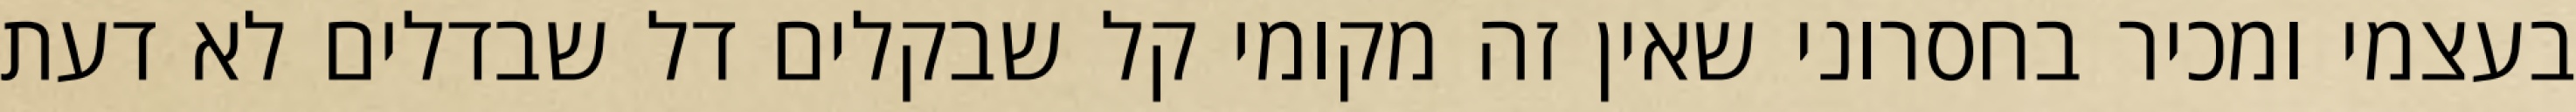
בעצמי ומכיר בחסרוני שאין זה מקומי קל שבקלים דל שבדלים לא דעת